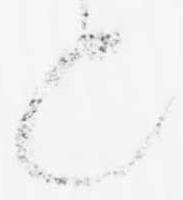
も